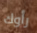
رأوك